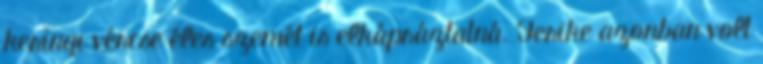
keringı vércse éles szemét is elkápráztatná. Ferike azonban volt